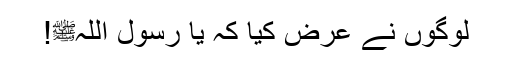
لوگوں نے عرض کیا کہ یا رسول اللہﷺ!